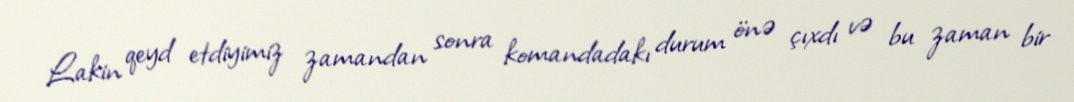
Lakin qeyd etdiyimiz zamandan sonra komandadakı durum önə çıxdı və bu zaman bir